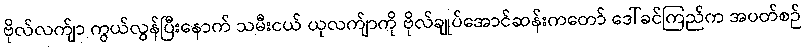
ဗိုလ်လက်ျာ ကွယ်လွန်ပြီးနောက် သမီးငယ် ယုလက်ျာကို ဗိုလ်ချုပ်အောင်ဆန်းကတော် ဒေါ်ခင်ကြည်က အပတ်စဉ်